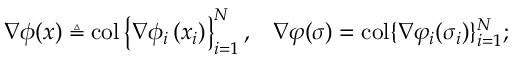
\begin{array} { l l } { \nabla \boldsymbol { \phi } ( \boldsymbol { x } ) \triangleq \operatorname { c o l } \left\{ \nabla \phi _ { i } \left( x _ { i } \right) \right\} _ { i = 1 } ^ { N } , } & { \nabla \boldsymbol { \varphi } ( \boldsymbol { \sigma } ) = \operatorname { c o l } \{ \nabla \varphi _ { i } ( \sigma _ { i } ) \} _ { i = 1 } ^ { N } ; } \end{array}